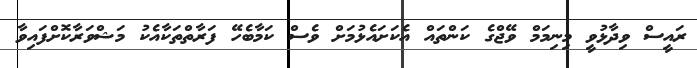
ރައީސް ވިދާޅުވީ މިނިމަމް ވޭޖްގެ ކަންތައް އެކަށައެޅުމަށް ވެސް ކަމާބެހޭ ފަރާތްތަކާއެކު މަޝްވަރާކޮށްފައިވާ